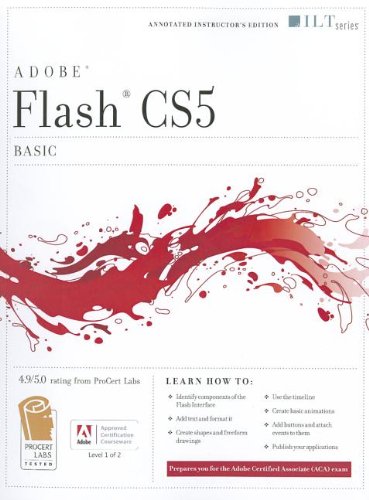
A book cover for Flash Cs5 Professional: Basic, Aca Edition + Certblaster (ILT); Computers & Technology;